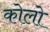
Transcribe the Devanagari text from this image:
कोलो